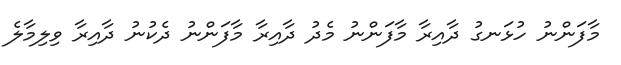
މާފަންނު ހުޅަނގު ދާއިރާ މާފަންނު މެދު ދާއިރާ މާފަންނު ދެކުނު ދާއިރާ ވިލިމާލެ